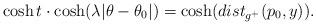
LaTeX: \begin{align*}\cosh t\cdot\cosh (\lambda|\theta-\theta_0|)=\cosh (dist_{g^+}(p_0,y)).\end{align*}